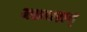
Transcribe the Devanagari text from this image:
जलचरान्